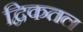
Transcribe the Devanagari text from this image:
द्विकतल